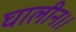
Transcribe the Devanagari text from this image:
घालीन।।